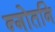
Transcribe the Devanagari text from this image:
न्गोतनि